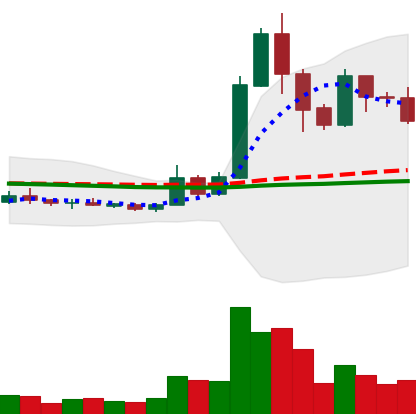
Ticker: XRP-USD
Chart end date: 2019-05-22
Forward return: 15.275%
Label: up_7plus